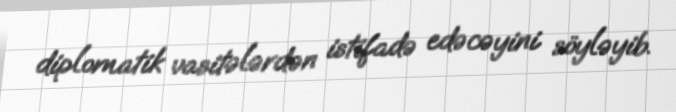
diplomatik vasitələrdən istifadə edəcəyini söyləyib.